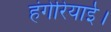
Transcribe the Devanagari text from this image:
हंगेरियाई।